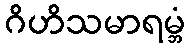
ဂိဟိသမာရမ္ဘံ